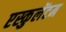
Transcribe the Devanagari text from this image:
एस्कुलेंटम